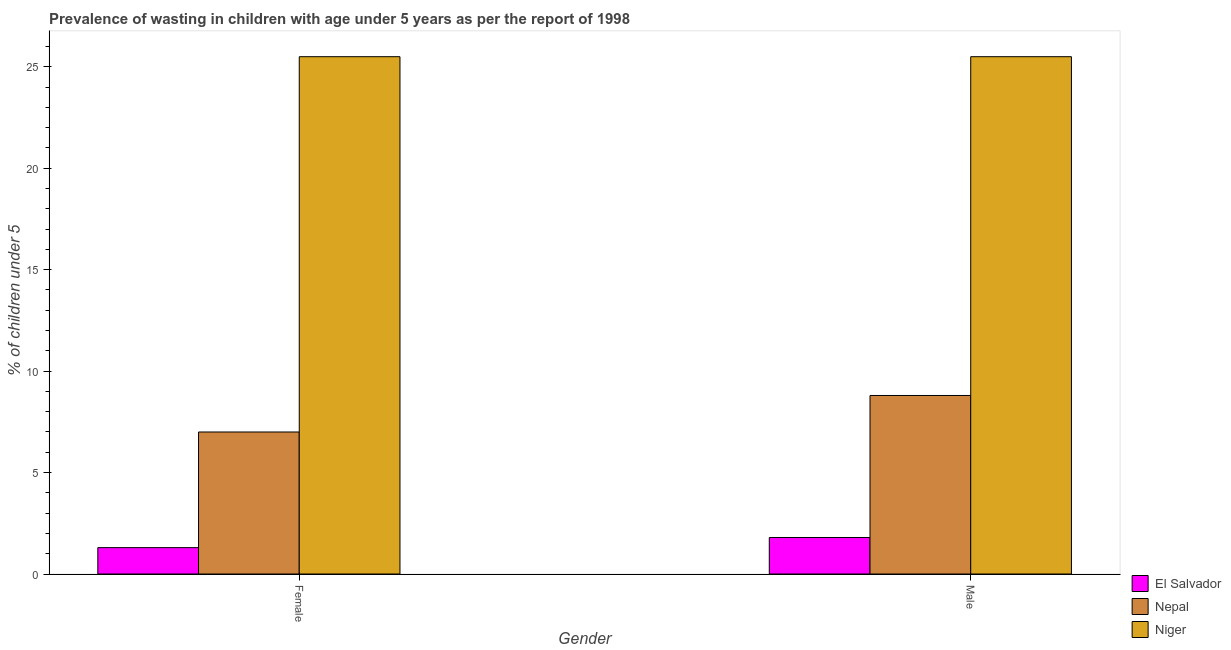
| Gender | El Salvador | Nepal | Niger |
 | --- | --- | --- | --- |
 | Female | 1.3 | 7 | 25.5 |
 | Male | 1.8 | 8.8 | 25.5 |